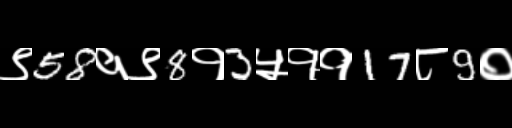
Text: ९58१९8१3५११17८9०